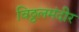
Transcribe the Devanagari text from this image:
विठ्ठलमंदीर